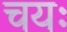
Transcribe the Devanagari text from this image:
चयः